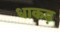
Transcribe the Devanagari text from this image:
धाकड़